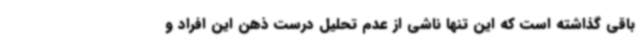
باقی گذاشته است که این تنها ناشی از عدم تحلیل درست ذهن این افراد و